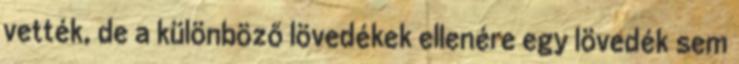
vették, de a különböző lövedékek ellenére egy lövedék sem